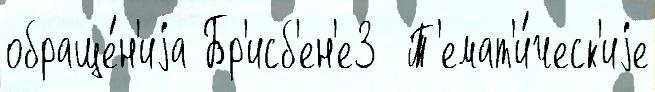
обраще́н'иjа Бр'исб'ен'е3  Т'емат'и́ческ'иjе